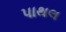
પાથલ